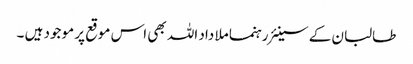
طالبان کے سینئر رہنما ملا داد اللہ بھی اس موقع پر موجود ہیں ۔